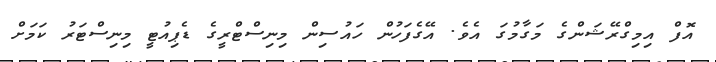
އޮފް އިމިގްރޭޝަންގެ މަގާމުގަ އެވެ. އޭގެފަހުން ހައުސިން މިނިސްޓްރީގެ ޑެޕިއުޓީ މިނިސްޓަރު ކަމަށް